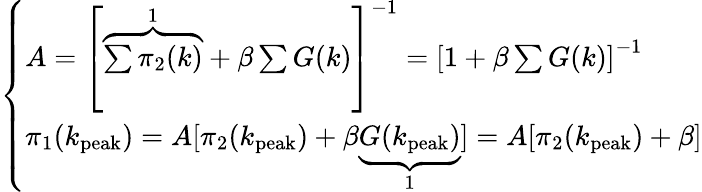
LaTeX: \left\{ \begin{array}{l}{A=\left[\overbrace{\sum\pi_{2}(k)}^{1}+\beta\sum G(k)\right]^{-1}=\left[1+\beta\sum G(k)\right]^{-1}}\\ {\pi_{1}(k_{\mathrm{peak}})=A[\pi_{2}(k_{\mathrm{peak}})+\beta\underbrace{G(k_{\mathrm{peak}})}_{1}]=A[\pi_{2}(k_{\mathrm{peak}})+\beta]}\end{array}\right.